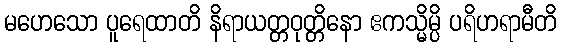
မဟေသော ပူရေထာတိ နိရာယတ္တဝုတ္တိနော ဧကသ္မိမ္ပိ ပရိဟရာမီတိ